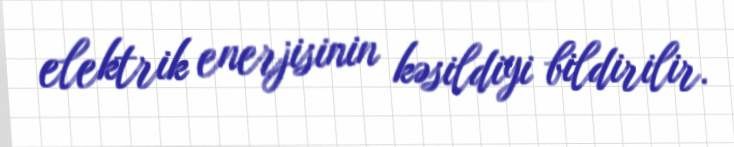
elektrik enerjisinin kəsildiyi bildirilir.